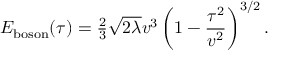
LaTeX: E _ { \mathrm { b o s o n } } ( \tau ) = { \textstyle { \frac { 2 } { 3 } } } \sqrt { 2 \lambda } v ^ { 3 } \left( 1 - { \frac { \tau ^ { 2 } } { v ^ { 2 } } } \right) ^ { 3 / 2 } .